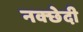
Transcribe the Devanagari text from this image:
नक्छेदी